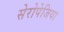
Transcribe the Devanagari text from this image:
सेरोपेजिया